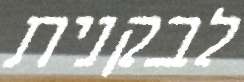
לבקנית